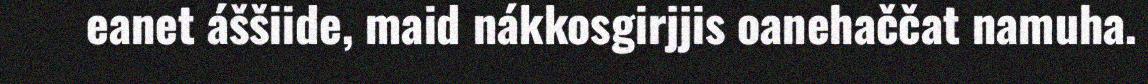
eanet áššiide, maid nákkosgirjjis oanehaččat namuha.